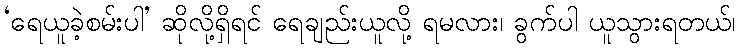
‘ရေယူခဲ့စမ်းပါ’ ဆိုလို့ရှိရင် ရေချည်းယူလို့ ရမလား၊ ခွက်ပါ ယူသွားရတယ်၊